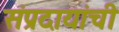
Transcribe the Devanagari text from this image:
संप्रदायांची